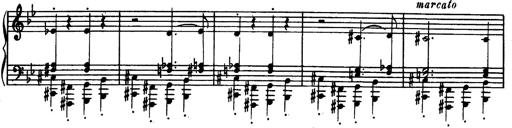
Title: Trauervorspiel und Trauermarsch
Composer: Franz Liszt